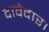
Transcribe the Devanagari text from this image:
दावेदार।